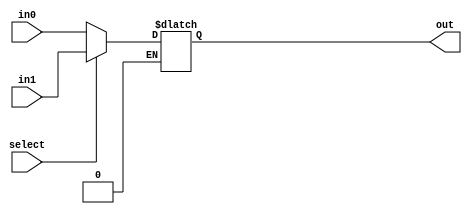
`timescale 1ns / 1ns
//////////////////////////////////////////////////////////////////////////////////
// Company: 
// Engineer: 
// 
// Design Name: 
// Module Name:    mux_1x2 
// Project Name: 
// Target Devices: 
// Tool versions: 
// Description: 
//
// Dependencies: 
//
// Revision: 
// Revision 0.01 - File Created
// Additional Comments: 
//
//////////////////////////////////////////////////////////////////////////////////
module mux_1x2(in0, in1, select, out);
// might need to make this mux bigger?
input in0, in1;
input select;
output out;

reg out;
wire Select;

always @(in0 or in1 or select)
begin
	if (select == 0)
		out = in0;
	if (select == 1)
		out = in1;
end
endmodule